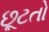
છૂટતો